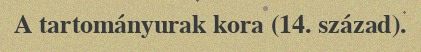
A tartományurak kora (14. század).